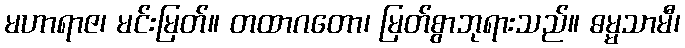
မဟာရာဇ၊ မင်းမြတ်။ တထာဂတော၊ မြတ်စွာဘုရားသည်။ ဓမ္မသာမီ၊